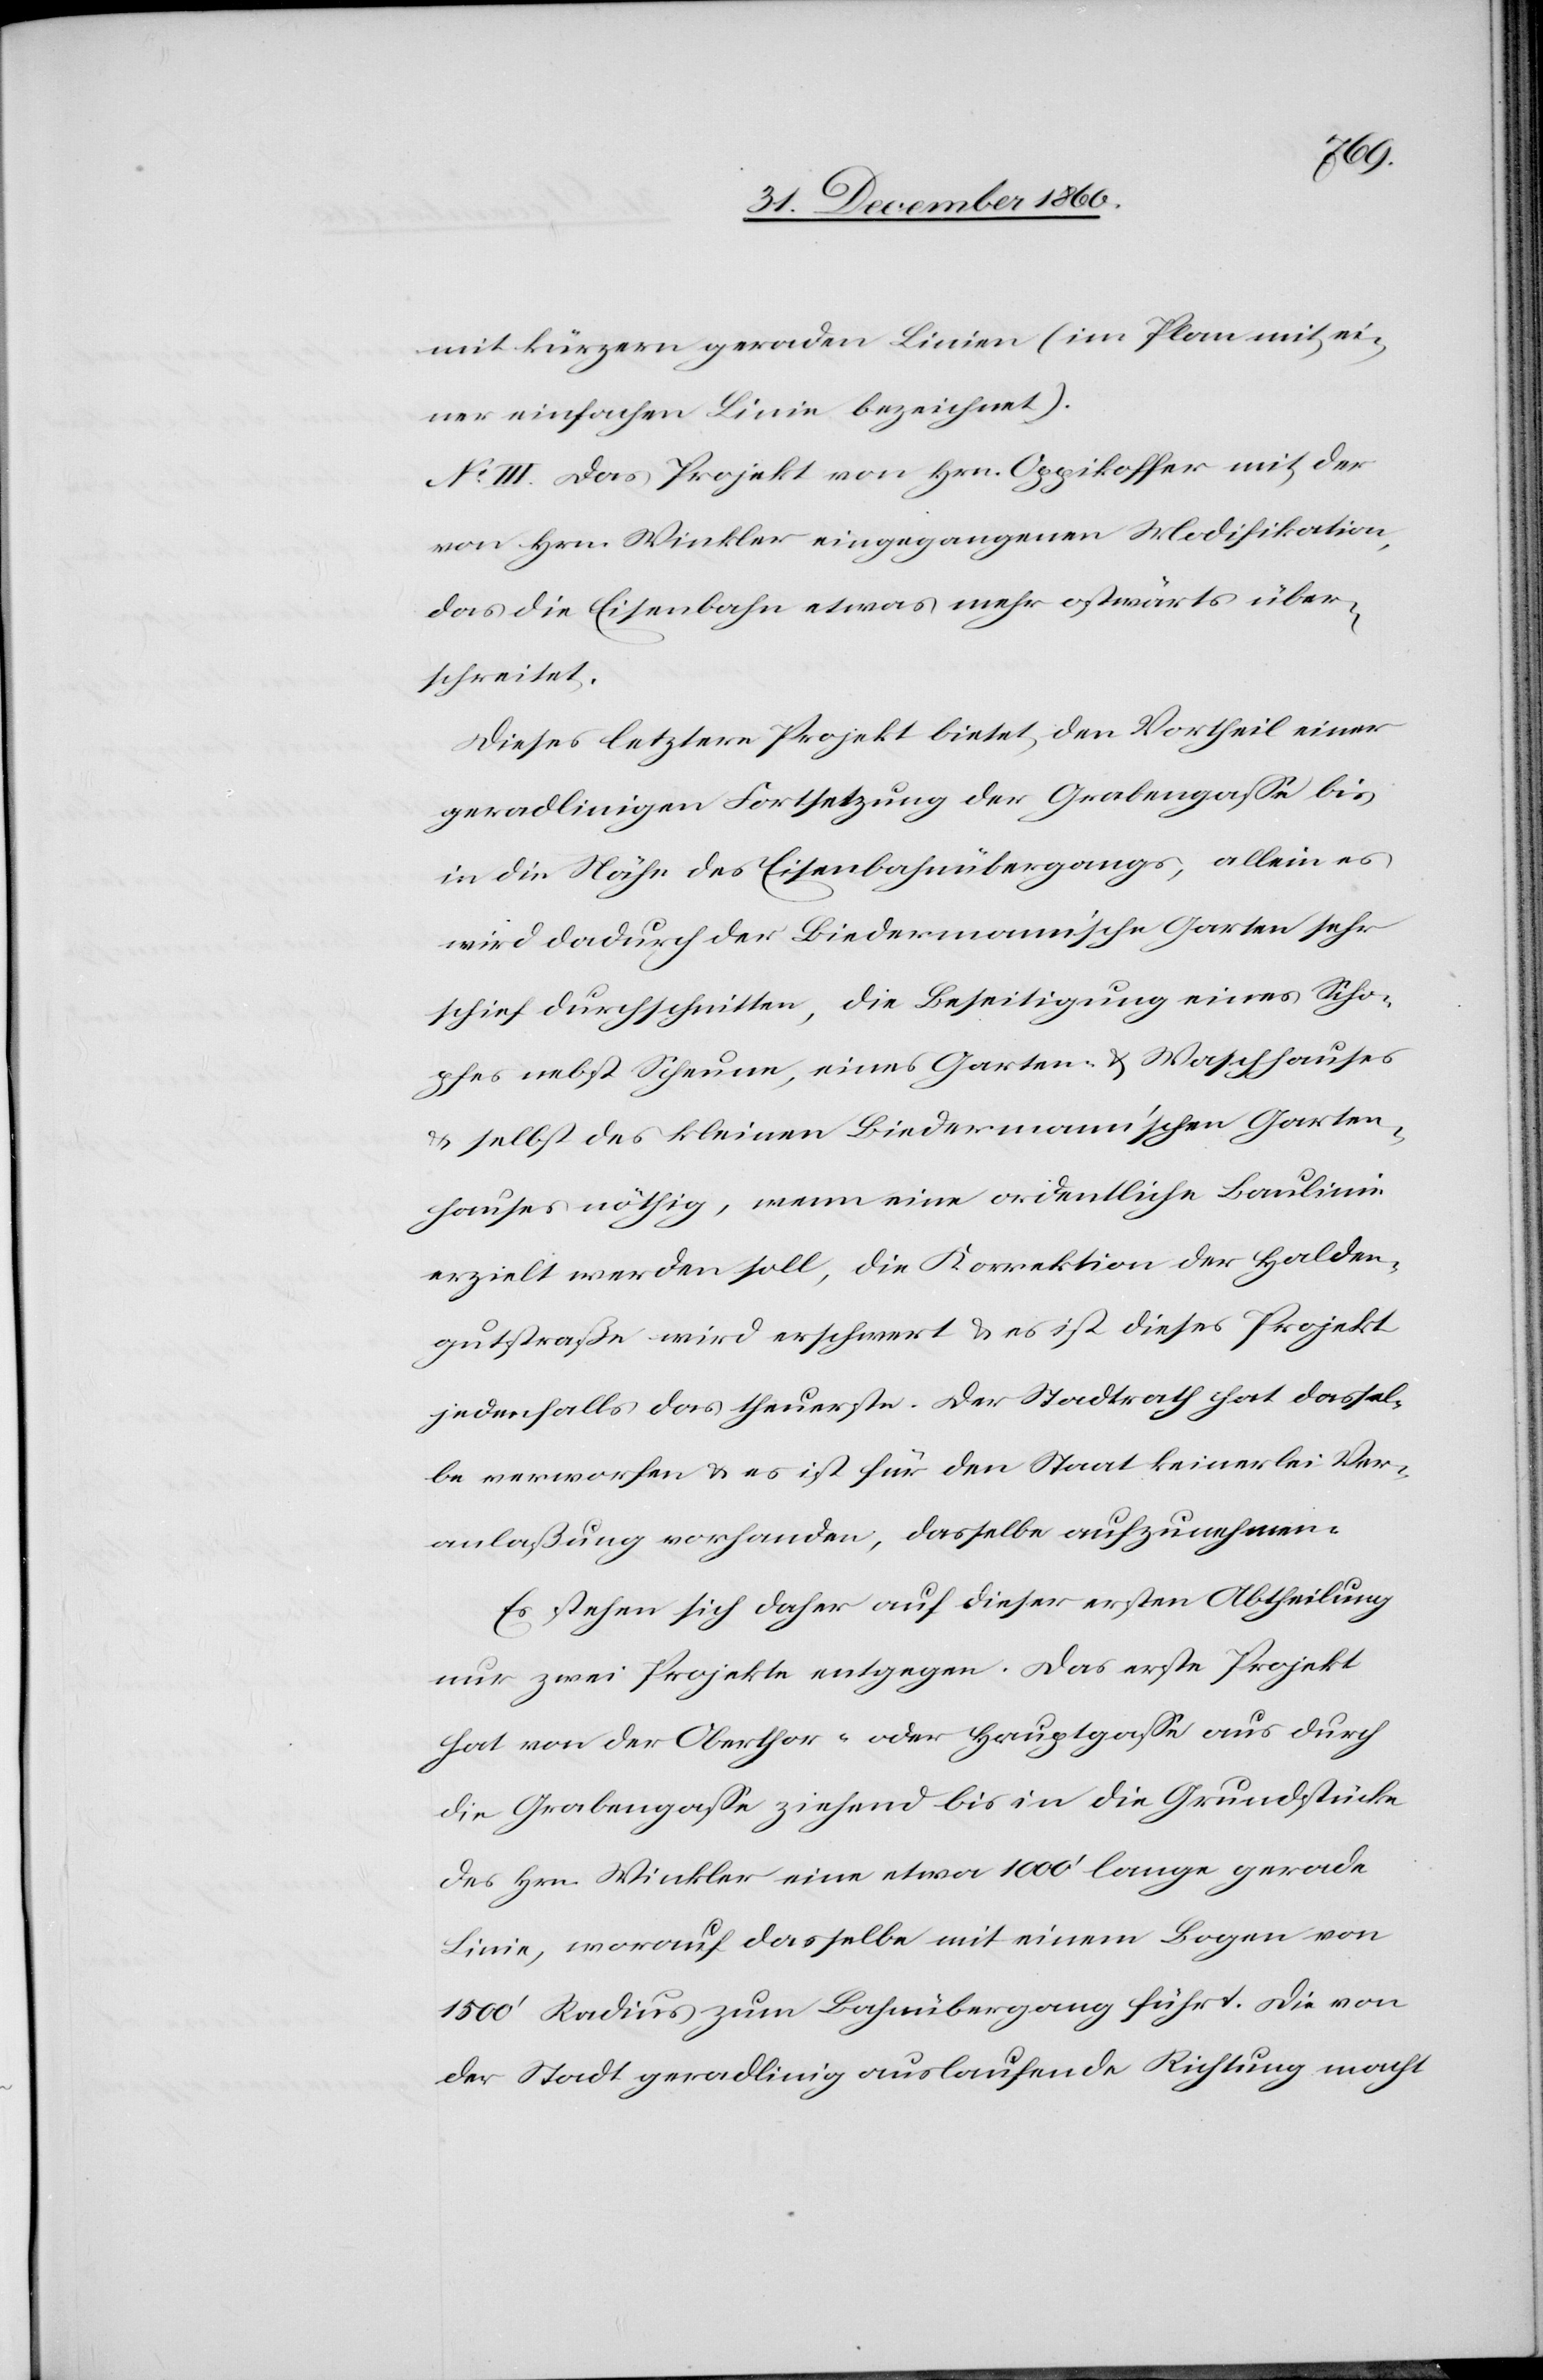
mit kürzern geraden Linien (im Plan mit ei¬
ner einfachen Linie bezeichnet).
No III. Das Projekt von Hrn. Oppikoffer mit der
von Hrn. Winkler eingegangenen Modifikation,
das die Eisenbahn etwas mehr ostwärts über¬
schreitet.
Dieses letztere Projekt bietet den Vortheil einer
geradlinigen Fortsetzung der Grabengasse bis
in die Nähe des Eisenbahnübergangs, allein es
wird dadurch der Biedermann’sche Garten sehr
schief durchschnitten, die Beseitigung eines Scho¬
pfes nebst Scheune, eines Gartens- u. Waschhauses
u. selbst des kleinen Biedermann’schen Garten¬
hauses nöthig, wenn eine ordentliche Baulinie
erzielt werden soll, die Korrektion der Halden¬
gutstraße wird erschwert u. es ist dieses Projekt
jedenfalls das theuerste. Der Stadtrath hat dassel¬
be verworfen u. es ist für den Staat keinerlei Ver¬
anlaßung vorhanden, dasselbe aufzunehmen.
Es stehen sich daher auf dieser ersten Abtheilung
nur zwei Projekte entgegen. Das erste Projekt
hat von der Oberthor- oder Hauptgasse aus durch
die Grabengasse ziehend bis in die Grundstücke
des Hrn. Winkler eine etwa 1000’ lange gerade
Linie, worauf dasselbe mit einem Bogen von
1500’ Radius zum Bahnübergang führt. Die von
der Stadt geradlinig auslaufende Richtung macht